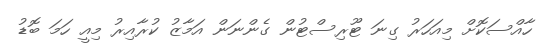
ހާއްސަކޮށް މިއަހަރު ގިނަ ޓޫރިސްޓުން ގެންނަން އަމާޒު ކުރާއިރު މިއީ ހަމަ ބޮޑު